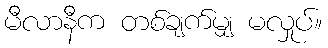
မီလာနီက တစ်ချက်မျှ မလှုပ်။